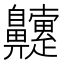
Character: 䶑